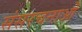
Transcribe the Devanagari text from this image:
संसरचनाओं